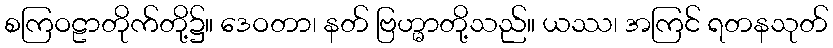
စကြဝဠာတိုက်တို့၌။ ဒေဝတာ၊ နတ် ဗြဟ္မာတို့သည်။ ယဿ၊ အကြင် ရတနသုတ်